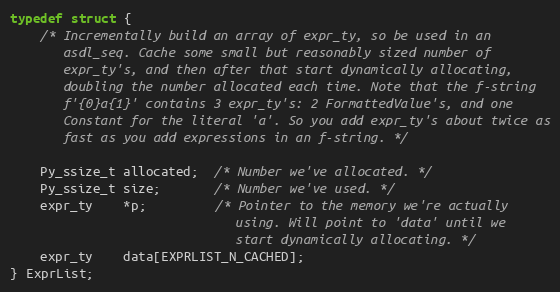
Language: C
typedef struct {
    /* Incrementally build an array of expr_ty, so be used in an
       asdl_seq. Cache some small but reasonably sized number of
       expr_ty's, and then after that start dynamically allocating,
       doubling the number allocated each time. Note that the f-string
       f'{0}a{1}' contains 3 expr_ty's: 2 FormattedValue's, and one
       Constant for the literal 'a'. So you add expr_ty's about twice as
       fast as you add expressions in an f-string. */

    Py_ssize_t allocated;  /* Number we've allocated. */
    Py_ssize_t size;       /* Number we've used. */
    expr_ty    *p;         /* Pointer to the memory we're actually
                              using. Will point to 'data' until we
                              start dynamically allocating. */
    expr_ty    data[EXPRLIST_N_CACHED];
} ExprList;